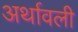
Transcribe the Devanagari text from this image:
अर्थावली